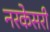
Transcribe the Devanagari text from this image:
नरकेसरी